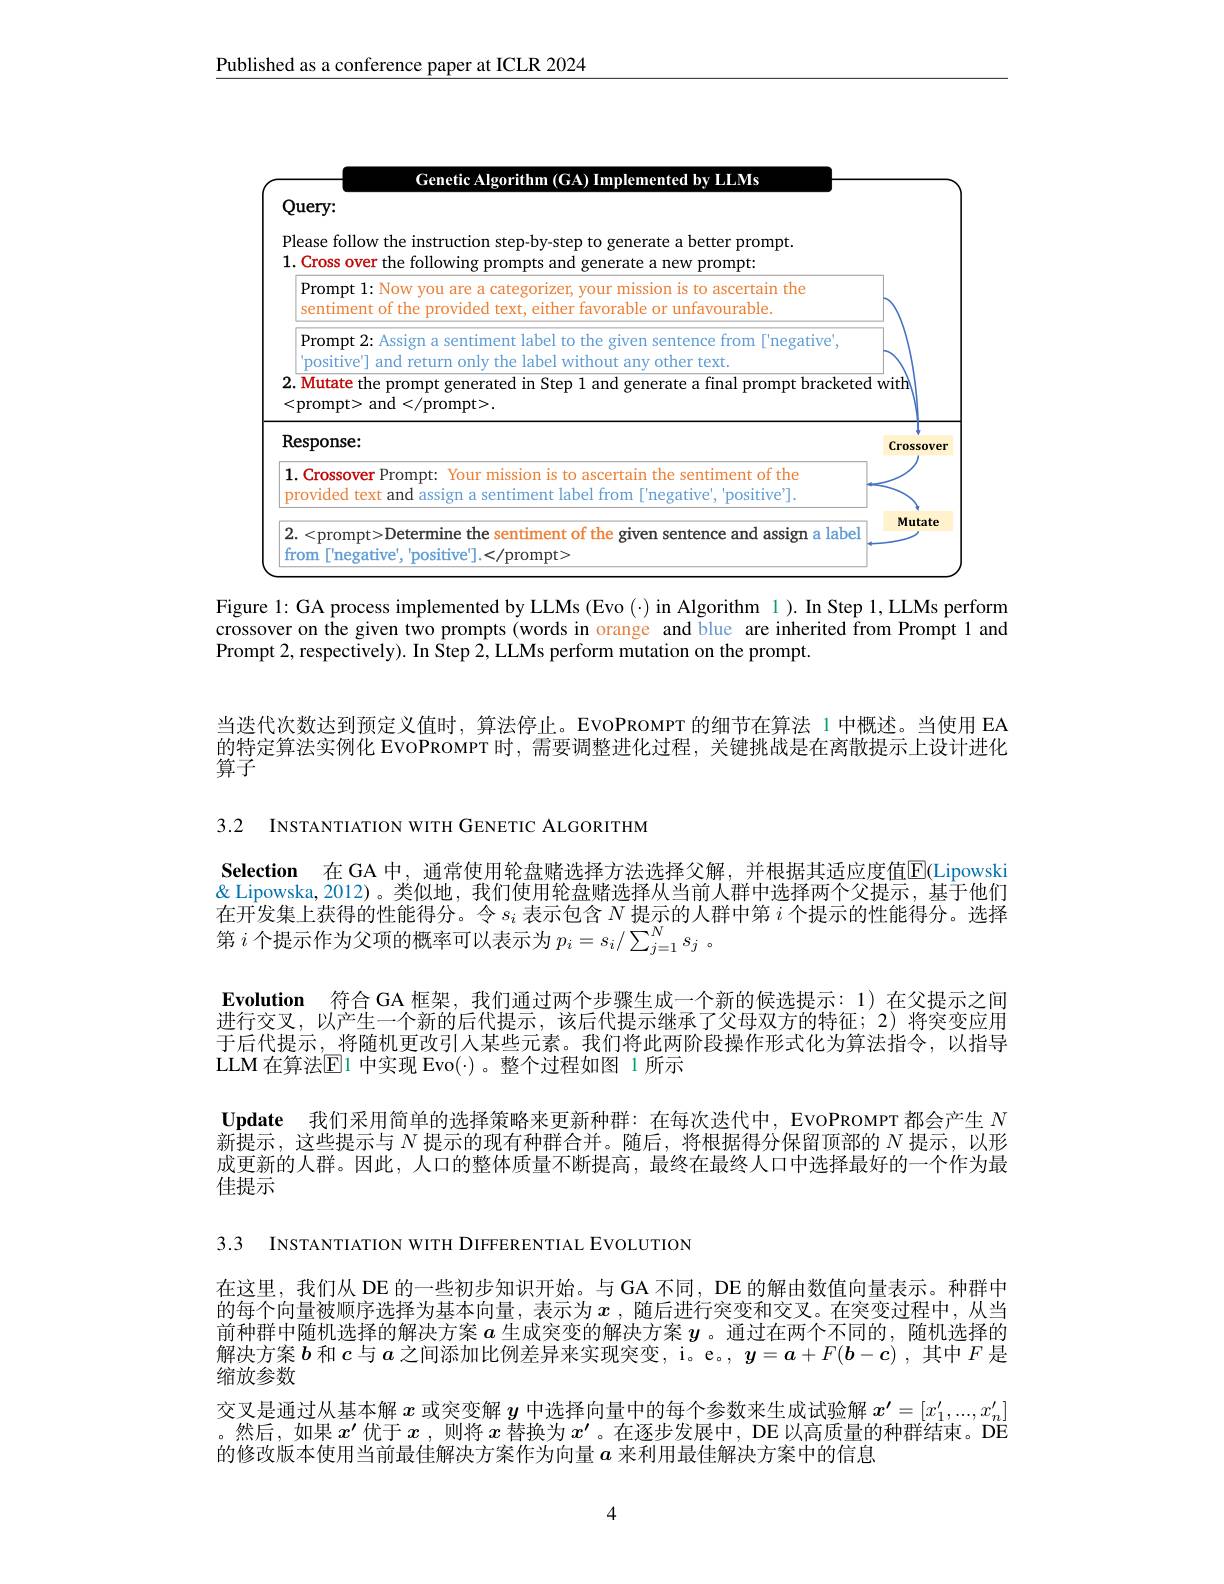
$\underline{\text{Published as a conference paper at ICLR 2024}}$

<FigureHere>

Figure 1: GA process implemented by LLMs (Evo (·) in Algorithm 1).In Step 1, LLMs perform

crossover on the given two prompts (words in orange and blue are inherited from Prompt 1 and
Prompt 2, respectively). In Step 2, LLMs perform mutation on the prompt.

当迭代次数达到预定义值时，算法停止。EvoPROMPT 的细节在算法 1 中概述。当使用 EA 的特定算法实例化 EvoPROMPT 时，需要调整进化过程，关键挑战是在离散提示上设计进化算子

3.2 INSTANTIATION WITH GENETIC ALGORITHM

Selection 在 GA 中，通常使用轮盘赌选择方法选择父解，并根据其适应度值$\overline{\mathrm{E}}($Lipowski & Lipowska, 2012)。类似地，我们使用轮盘赌选择从当前人群中选择两个父提示，基于他们在开发集上获得的性能得分。令$s_i$表示包含$N\underset{\mathrm{w}}{\operatorname*{\text{ 提示的人群中第 }}}i$个提示的性能得分。选择第$i$个提示作为父项的概率可以表示为$p_i=s_i/\sum_{j=1}^Ns_j$ 。
Evolution 符合GA 框架，我们通过两个步骤生成一个新的候选提示：1)在父提示之间进行交叉，以产生一个新的后代提示，该后代提示继承了父母双方的特征；2)将突变应用于后代提示，将随机更改引人某些元素。我们将此两阶段操作形式化为算法指令，以指导LLM 在算法$\operatorname{E}$1 中实现 Evo(·)。整个过程如图 1 所示
Update 我们采用简单的选择策略来更新种群：在每次迭代中，EvoPROMPT 都会产生$N$ $\bar{\text{新提示，这些提示与 }N\text{ 提示的现有种群合并。随后，将根据得分保留顶部的 }N}$提示，以形成更新的人群。因此，人口的整体质量不断提高，最终在最终人口中选择最好的一个作为最佳提示

3.3 INSTANTIATION WITH DIFFERENTIAL EVOLUTION

在这里，我们从 DE 的一些初步知识开始。与 GA 不同，DE 的解由数值向量表示。种群中的每个向量被顺序选择为基本向量，表示为$x$ ,随后进行突变和交叉。在突变过程中，从当前种群中随机选择的解决方案$a$生成突变的解决方案$y$ 。通过在两个不同的，随机选择的解决方案$b$和$c$与$a$之间添加比例差异来实现突变，i。e。, $y=a+F(\boldsymbol{b}-\boldsymbol{c})$ ,其中$F$是缩放参数
交叉是通过从基本解$x$或突变解$y$中选择向量中的每个参数来生成试验解$x^\prime=[x_1^{\prime},...,x_n^{\prime}]$ 。然后，如果$x^{\prime}$优于$x$ ,则将$x$替换为$x^{\prime}$ 。在逐步发展中，DE 以高质量的种群结束。DE 的修改版本使用当前最佳解决方案作为向量$a$来利用最佳解决方案中的信息

4